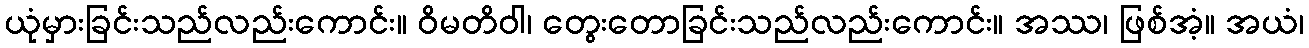
ယုံမှားခြင်းသည်လည်းကောင်း။ ဝိမတိဝါ၊ တွေးတောခြင်းသည်လည်းကောင်း။ အဿ၊ ဖြစ်အံ့။ အယံ၊